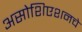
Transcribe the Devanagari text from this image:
असोशिएशनचे